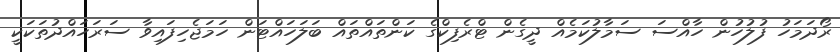
ރޯދަމަހު ފުލުހުން ހާއްސަ ސަމާލުކަމެއް ދީގެން ޓްރެފިކްގެ ކަންތައްތައް ބަލަހައްޓަން ހަމަޖެހިފައިވާ ސަރަހައްދުތަކަކީ